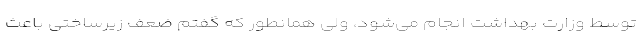
توسط وزارت بهداشت انجام می‌شود، ولی همانطور که گفتم ضعف زیرساختی باعث